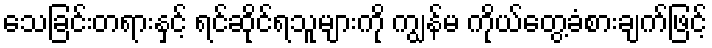
သေခြင်းတရားနှင့် ရင်ဆိုင်ရသူများကို ကျွန်မ ကိုယ်တွေ့ခံစားချက်ဖြင့်